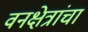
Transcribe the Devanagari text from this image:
वनक्षेत्रांचा